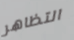
التظاهر